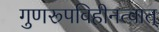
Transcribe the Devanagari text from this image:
गुणरूपविहीनत्वात्